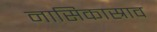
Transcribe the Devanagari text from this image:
नासिकास्राव